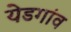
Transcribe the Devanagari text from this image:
येडगांव